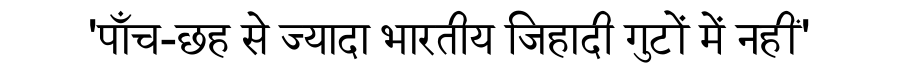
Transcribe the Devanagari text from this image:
'पाँच-छह से ज्यादा भारतीय जिहादी गुटों में नहीं'